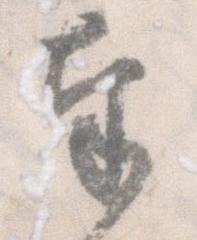
奉